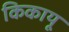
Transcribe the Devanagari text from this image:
किकायू